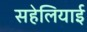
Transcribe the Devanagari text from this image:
सहेलियाई